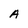
Character: A